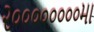
૨૦૦૦૦૦૦૦૦મા